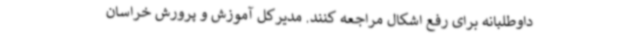
داوطلبانه برای رفع اشکال مراجعه کنند. مدیرکل آموزش و پرورش خراسان